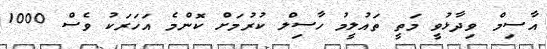
އާސިމް ވިދާޅުވީ މަތީ ތައުލީމު ހާސިލް ކުރުމަށް ކޮންމެ އަހަރަކު ވެސް 1000